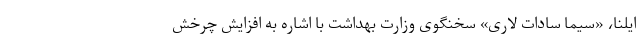
ایلنا، «سیما سادات لاری» سخنگوی وزارت بهداشت با اشاره به افزایش چرخش